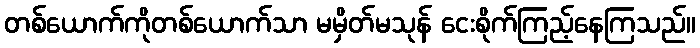
တစ်ယောက်ကိုတစ်ယောက်သာ မမှိတ်မသုန် ငေးစိုက်ကြည့်နေကြသည်။